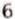
6